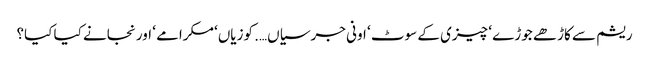
ریشم سے کاڑھے جوڑے ‘ چیزی کے سوٹ ‘ اونی جرسیاں…. کوزیاں‘ مکرامے ‘ اور نجانے کیا کیا؟